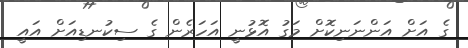
ގެ އަށް އަންނަނިކޮށް މަގު އޮޅުނީ އަހަރެން ގެ ސިކުނޑިއަށް އައީ